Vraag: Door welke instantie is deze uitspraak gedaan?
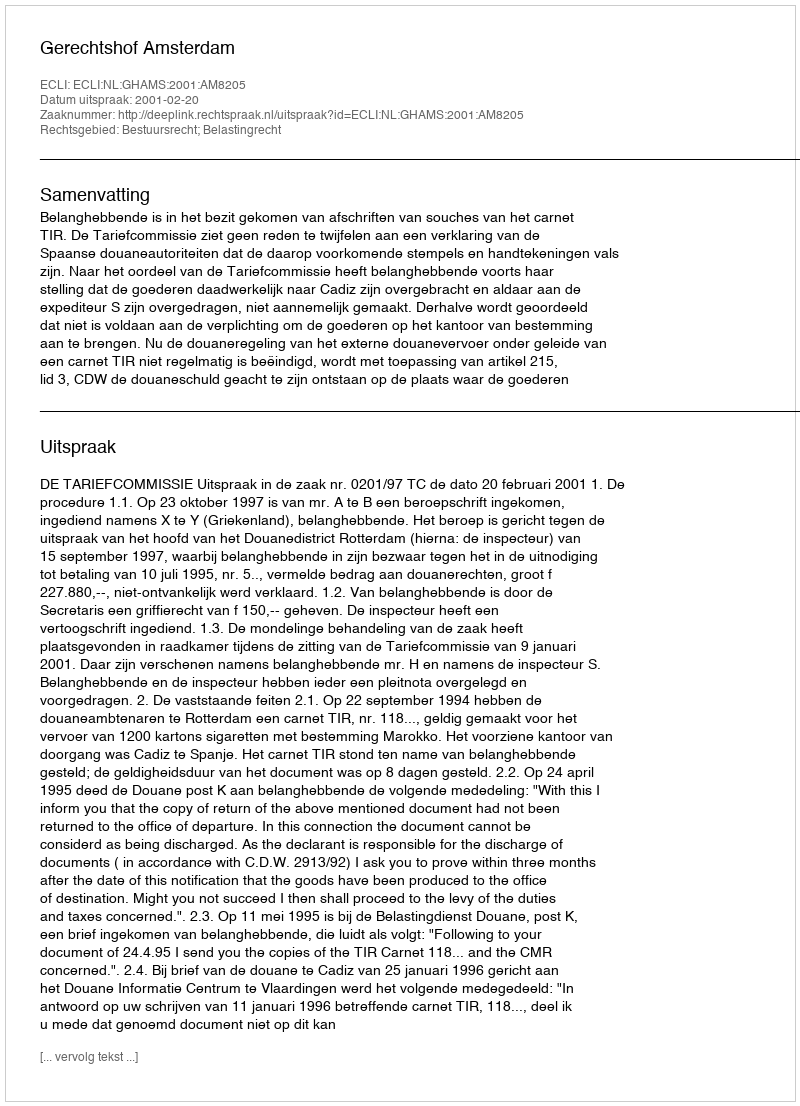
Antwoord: Gerechtshof Amsterdam